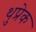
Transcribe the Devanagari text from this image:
थुप्रेक